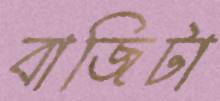
বাজিটা